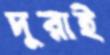
দুরাই